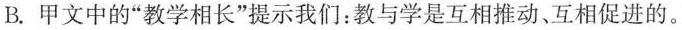
B.甲文中的”教学相长”提示我们：教与学是互相推动、互相促进的。